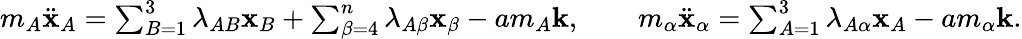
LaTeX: \begin{array}{r}{m_{A}\ddot{\mathbf x}_{A}=\sum_{B=1}^{3}\lambda_{AB}{\mathbf x}_{B}+\sum_{\beta=4}^{n}\lambda_{A\beta}{\mathbf x}_{\beta}-am_{A}{\mathbf k},\qquad m_{\alpha}\ddot{\mathbf x}_{\alpha}=\sum_{A=1}^{3}\lambda_{A\alpha}{\mathbf x}_{A}-am_{\alpha}{\mathbf k}.}\end{array}